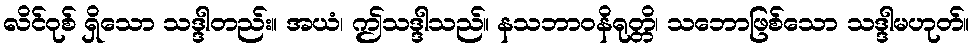
လိင်ဝုစ် ရှိသော သဒ္ဒါတည်း။ အယံ၊ ဤသဒ္ဒါသည်။ နသဘာဝနိရုတ္တိ၊ သဘောဖြစ်သော သဒ္ဒါမဟုတ်။